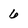
Character: 6